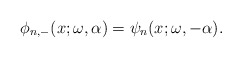
\begin{gather*} \phi _{n,-}(x;\omega ,\alpha )=\psi _{n}(x;\omega ,-\alpha ).\end{gather*}